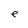
Character: e